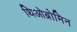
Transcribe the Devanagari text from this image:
थिओब्रोमिन